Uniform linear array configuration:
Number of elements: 48
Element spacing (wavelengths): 0.5
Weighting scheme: hamming
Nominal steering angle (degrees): -60
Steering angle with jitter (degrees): -58.414
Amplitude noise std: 0.05
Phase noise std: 0.05

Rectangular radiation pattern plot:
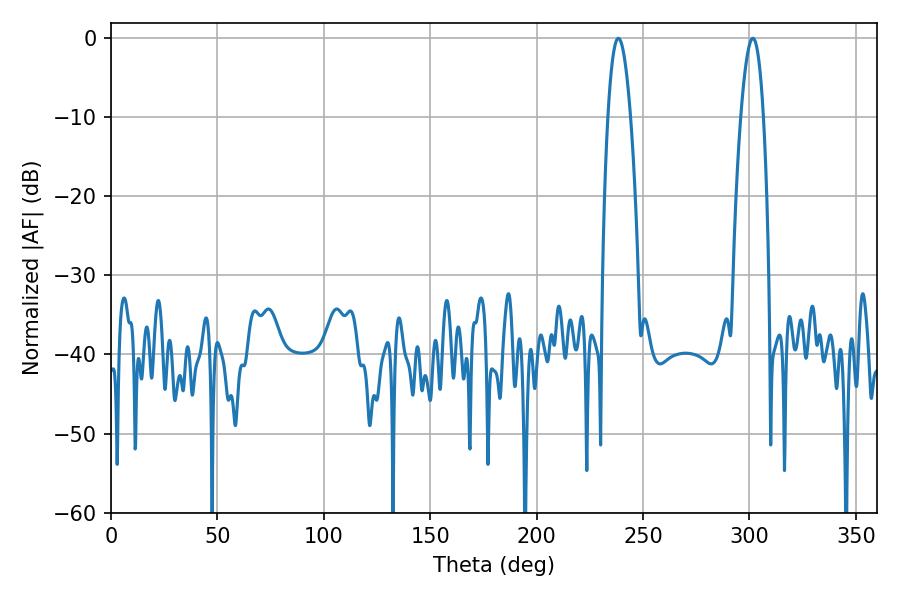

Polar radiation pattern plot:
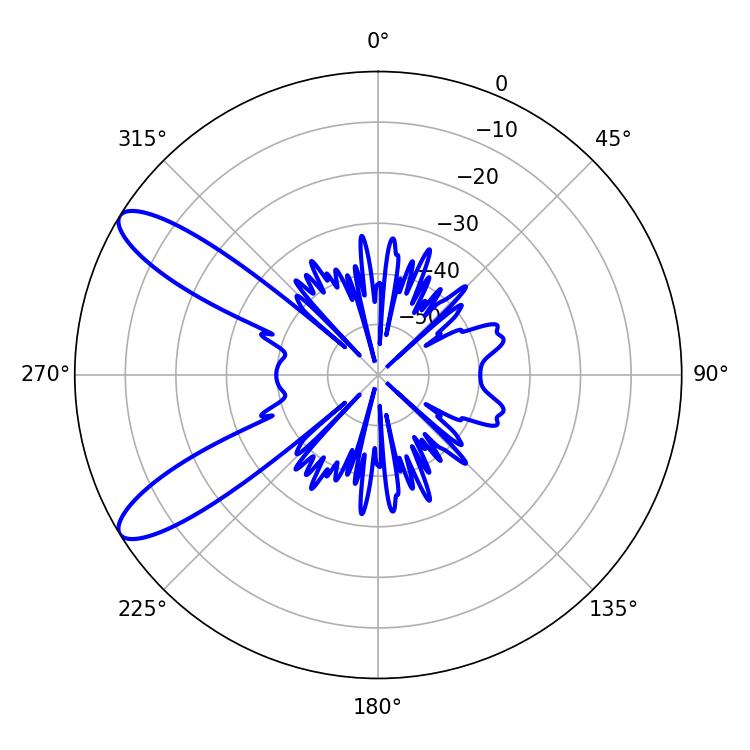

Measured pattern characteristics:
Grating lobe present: FALSE
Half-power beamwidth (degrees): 5.76
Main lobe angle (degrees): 238.32